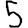
Digit: 5